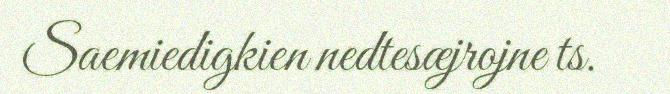
Saemiedigkien nedtesæjrojne ts.